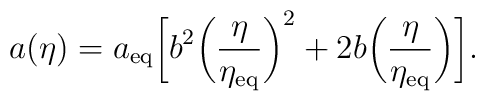
a(\eta )=a_{\rm eq}\biggl[b^2\biggl(\frac{\eta }{\eta _{\rm eq}}\biggr)^2+2b\biggl(\frac{\eta }{\eta _{\rm eq}}\biggr)\biggr].